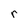
Character: r